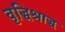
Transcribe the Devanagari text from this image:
वृद्धिश्राद्ध